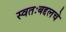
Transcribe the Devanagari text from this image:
स्वतःबद्दलचे